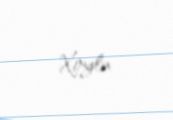
Xoylu